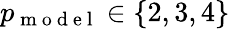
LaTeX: p_{\mathrm{~m~o~d~e~l~}}\in\left\{ 2,3,4\right\}